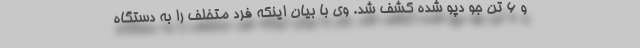
و 6 تن جو دپو شده کشف شد. وی با بیان اینکه فرد متخلف را به دستگاه